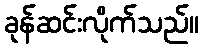
ခုန်ဆင်းလိုက်သည်။